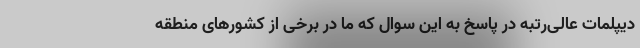
دیپلمات عالی‌رتبه در پاسخ به این سوال که ما در برخی از کشورهای منطقه